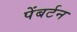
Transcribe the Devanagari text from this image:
पेंबर्टन